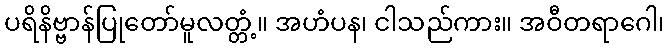
ပရိနိဗ္ဗာန်ပြုတော်မူလတ္တံ့။ အဟံပန၊ ငါသည်ကား။ အဝီတရာဂေါ၊